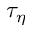
\tau _ { \eta }